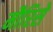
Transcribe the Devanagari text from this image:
मौरिसे